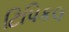
ટિપિકલ